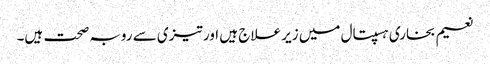
نعیم بخاری ہسپتال میں زیر علاج ہیں اور تیزی سے روبہ صحت ہیں۔